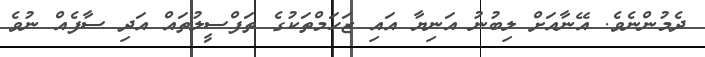
ދެމުންނެވެ. އޭނާއަށް ލިބުނު އަނިޔާ އައި ޒަހަމްތަކުގެ ތަފްސީލުތައް އަދި ސާފެއް ނުވެ